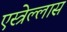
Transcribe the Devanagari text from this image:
एस्त्रेल्लास